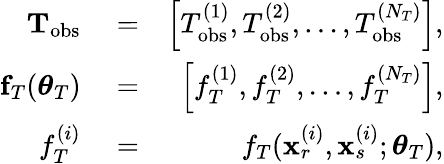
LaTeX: \begin{array}{rlr}{{\mathbf T}_{\mathrm{obs}}}&{{}=}&{\left[T_{\mathrm{obs}}^{(1)},T_{\mathrm{obs}}^{(2)},\dots,T_{\mathrm{obs}}^{(N_{T})}\right],}\\ {{\mathbf f}_{T}(\boldsymbol{\theta}_{T})}&{{}=}&{\left[f_{T}^{(1)},f_{T}^{(2)},\dots,f_{T}^{(N_{T})}\right],}\\ {f_{T}^{(i)}}&{{}=}&{f_{T}(\mathbf{x}_{r}^{(i)},\mathbf{x}_{s}^{(i)};\boldsymbol{\theta}_{T}),}\end{array}